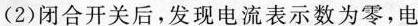
(2)闭合开关后，发现电流表示数为零，电